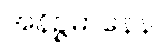
အနိဉ္ဇမာနေန